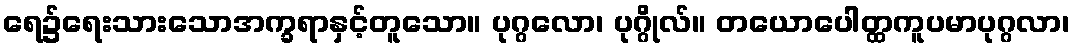
ရေ၌ရေးသားသောအက္ခရာနှင့်တူသော။ ပုဂ္ဂလော၊ ပုဂ္ဂိုလ်။ တယောပေါတ္ထကူပမာပုဂ္ဂလာ၊